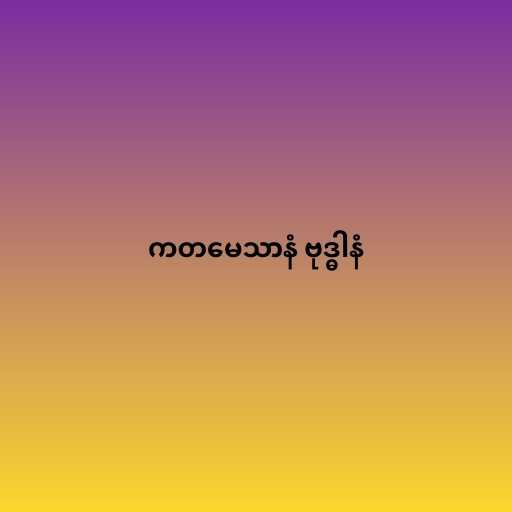
ကတမေသာနံ ဗုဒ္ဓါနံ